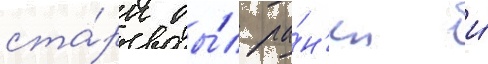
ста́рк бы́л ра́н'ен и́